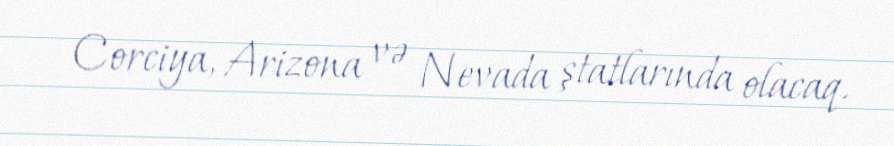
Corciya, Arizona və Nevada ştatlarında olacaq.